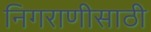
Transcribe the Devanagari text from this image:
निगराणीसाठी